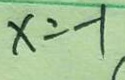
x = - 1